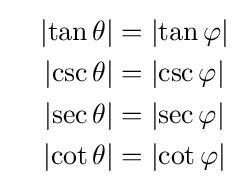
{\begin{aligned}{\phantom {-}}\left|\tan \theta \right|&=\left|\tan \varphi \right|\\\left|\csc \theta \right|&=\left|\csc \varphi \right|\\\left|\sec \theta \right|&=\left|\sec \varphi \right|\\\left|\cot \theta \right|&=\left|\cot \varphi \right|\end{aligned}}